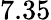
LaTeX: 7.35